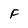
Character: F